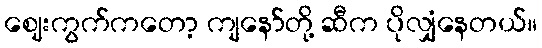
ဈေးကွက်ကတော့ ကျနော်တို့ ဆီက ပိုလျှံနေတယ်။